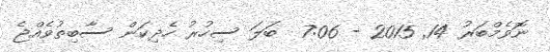
ނޮވެމްބަރު 14